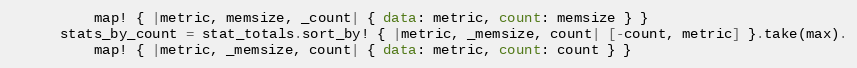
Language: Ruby
          map! { |metric, memsize, _count| { data: metric, count: memsize } }
      stats_by_count = stat_totals.sort_by! { |metric, _memsize, count| [-count, metric] }.take(max).
          map! { |metric, _memsize, count| { data: metric, count: count } }